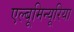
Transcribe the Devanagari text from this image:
एल्बूमिन्यूरिया